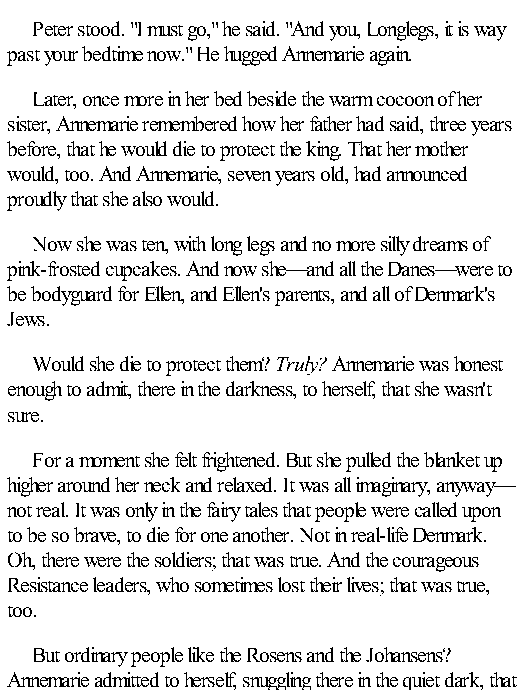
Peter stood. "I must go," he said. "And you, Longlegs, it is way
 past your bedtime now." He hugged Annemarie again.
 Later, once more in her bed beside the warm cocoon of her
 sister, Annemarie remembered how her father had said, three years
 before, that he would die to protect the king. That her mother
 would, too. And Annemarie, seven years old, had announced
 proudly that she also would.
 Now she was ten, with long legs and no more silly dreams of
 pink-frosted cupcakes. And now she—and all the Danes—were to
 be bodyguard for Ellen, and Ellen's parents, and all of Denmark's
 Jews.
 Would she die to protect them? Truly? Annemarie was honest
 enough to admit, there in the darkness, to herself, that she wasn't
 sure.
 For a moment she felt frightened. But she pulled the blanket up
 higher around her neck and relaxed. It was all imaginary, anyway—
 not real. It was only in the fairy tales that people were called upon
 to be so brave, to die for one another. Not in real-life Denmark.
 Oh, there were the soldiers; that was true. And the courageous
 Resistance leaders, who sometimes lost their lives; that was true,
 too.
 But ordinary people like the Rosens and the Johansens?
 Annemarie admitted to herself, snuggling there in the quiet dark, that